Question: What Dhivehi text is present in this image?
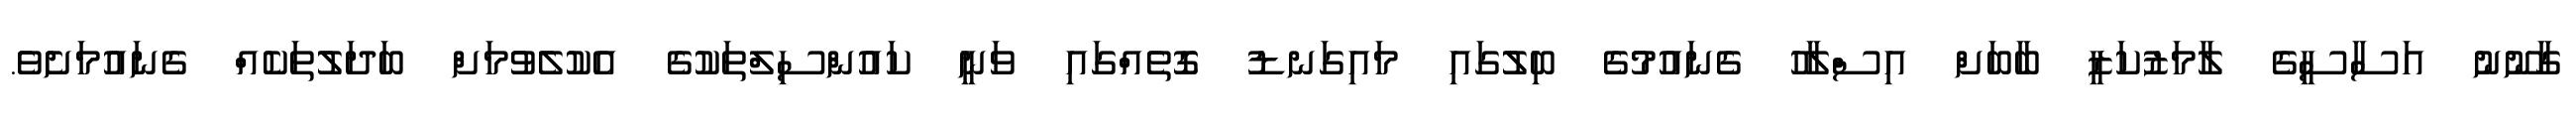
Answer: ގާނޫނު އަސާސީގެ ލާމަޒުކަޒީ ބާބަށް އިސްލާހު ގެނައުމުގެ ބިލުގައި މައިގަނޑު ގޮތެއްގައި ވަނީ ކައުންސިލްތަކުގެ އެކުލެވުމަށް ބަދަލުތަކެއް ގެނައުމަށެވެ.